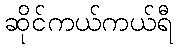
ဆိုင်ကယ်ကယ်ရီ